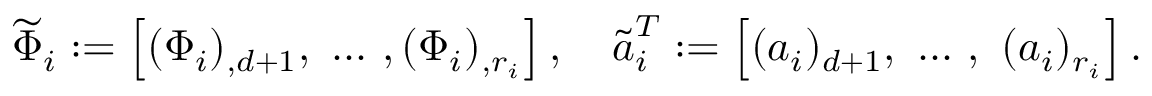
\widetilde { \Phi } _ { i } : = \left[ ( \Phi _ { i } ) _ { , d + 1 } , \mathrm { ~ } . . . \mathrm { ~ } , \mathrm ( \Phi _ { i } ) _ { , r _ { i } } \right] , \quad \widetilde { \boldsymbol { a } } _ { i } ^ { T } : = \left[ ( \boldsymbol { a } _ { i } ) _ { d + 1 } , \mathrm { ~ } . . . \mathrm { ~ } , \mathrm { ~ } ( \boldsymbol { a } _ { i } ) _ { r _ { i } } \right] .